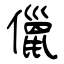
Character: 儠